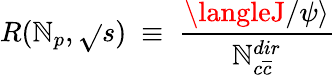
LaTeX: R(\mathbb{N}_{p},\sqrt{}{{s}})~\equiv~\frac{{\langleJ/\psi\rangle}}{{\mathbb{N}_{c\overline{{{{c}}}}}^{dir}}}